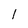
Character: l